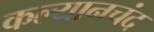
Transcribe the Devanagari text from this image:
कल्यानचंद